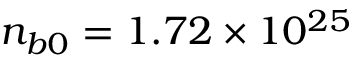
n _ { b 0 } = 1 . 7 2 \times 1 0 ^ { 2 5 }